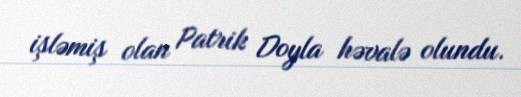
işləmiş olan Patrik Doyla həvalə olundu.